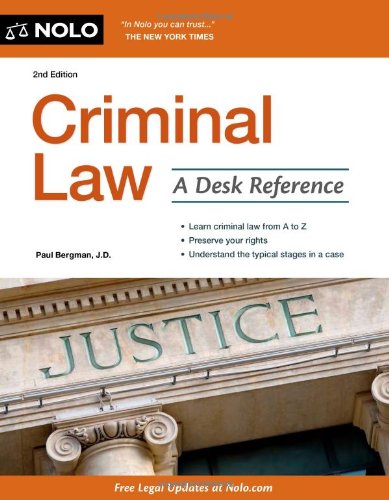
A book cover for Criminal Law: A Desk Reference; Paul Bergman; Law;